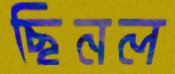
ছিনল